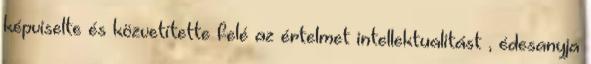
képviselte és közvetítette felé az értelmet intellektualitást , édesanyja